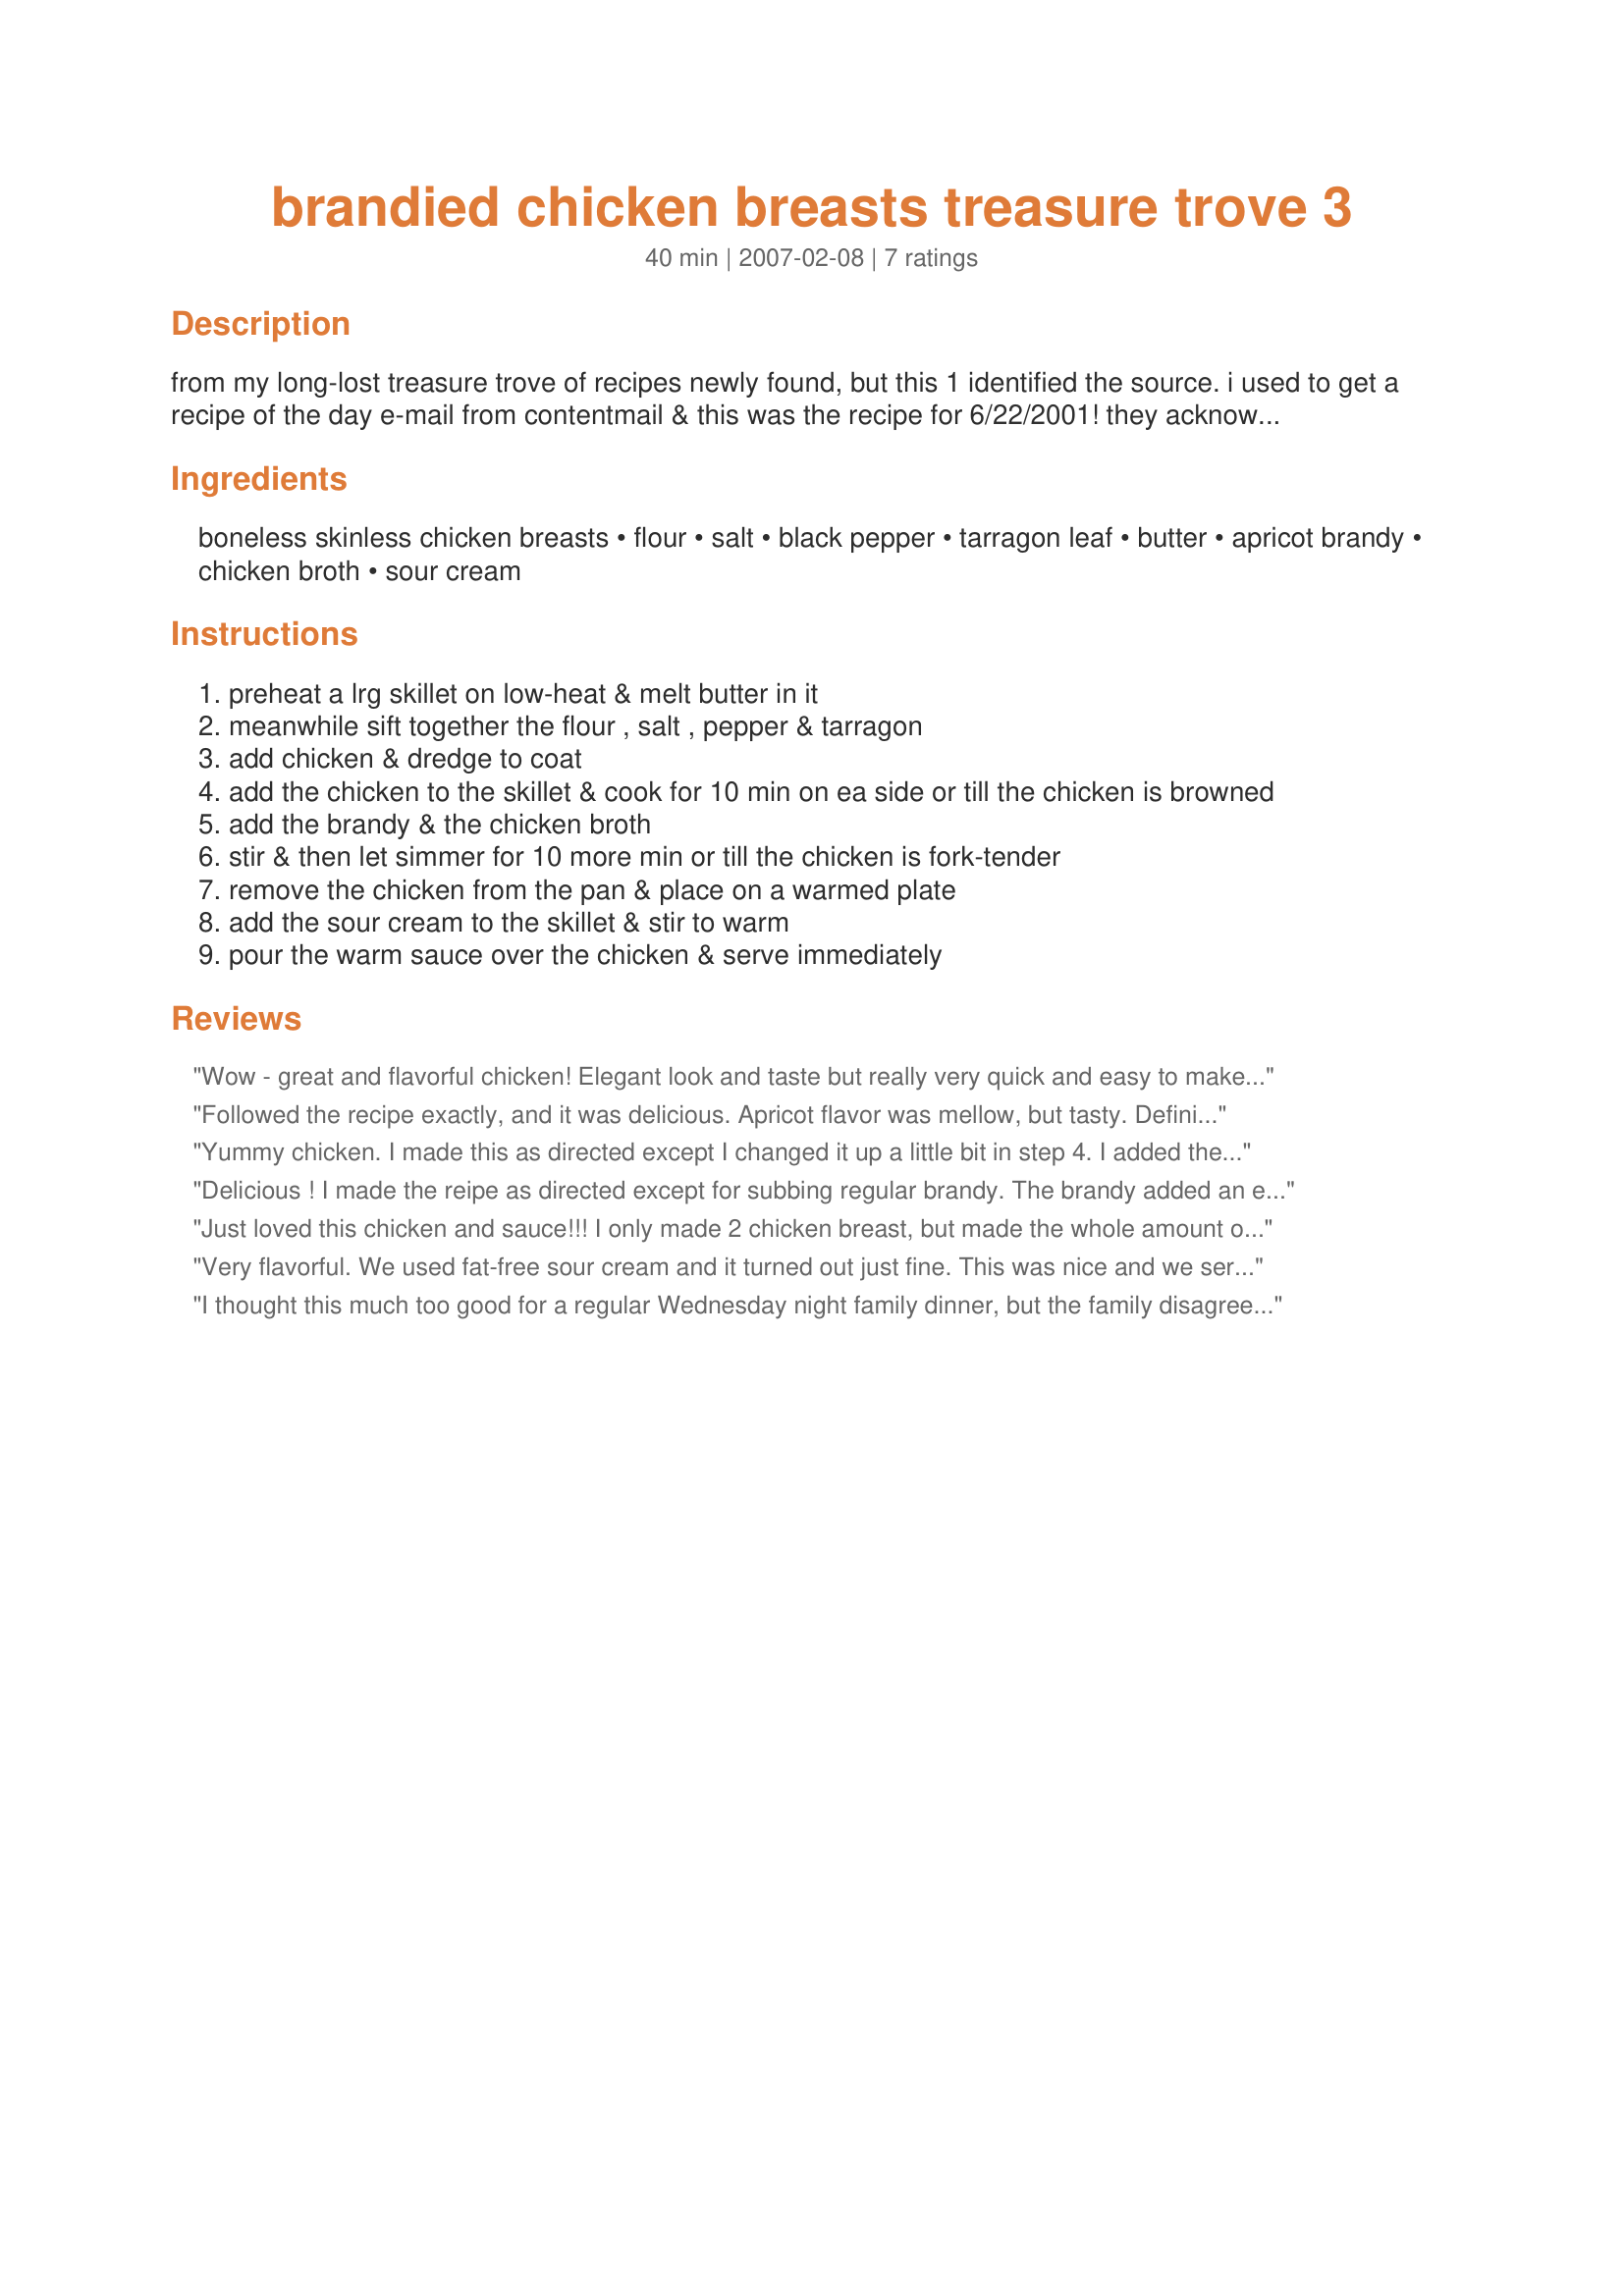
brandied chicken breasts treasure trove 3
Preparation time: 40 minutes

from my long-lost treasure trove of recipes newly found, but this 1 identified the source. i used to get a recipe of the day e-mail from contentmail & this was the recipe for 6/22/2001! they acknowledged jo ann s. who said "this is a favorite at my house when company is coming. not only is it elegant, but it's easy to prepare and fool-proof. since the alcohol burns off during cooking, it's also safe to feed to children." i happen to think jo ann is right. this sounds like it would be an easy-to-fix & elegant favorite at our table too. enjoy!

Ingredients:
boneless skinless chicken breasts, flour, salt, black pepper, tarragon leaf, butter, apricot brandy, chicken broth, sour cream

Steps:
preheat a lrg skillet on low-heat & melt butter in it
meanwhile sift together the flour , salt , pepper & tarragon
add chicken & dredge to coat
add the chicken to the skillet & cook for 10 min on ea side or till the chicken is browned
add the brandy & the chicken broth
stir & then let simmer for 10 more min or till the chicken is fork-tender
remove the chicken from the pan & place on a warmed plate
add the sour cream to the skillet & stir to warm
pour the warm sauce over the chicken & serve immediately

Reviews:
Wow - great and flavorful chicken! Elegant look and taste but really very quick and easy to make. The chicken was very tender in this cooking time, and we really loved the sauce. Served topped with fresh ground pepper and really enjoyed - thanks for sharing the recipe! Made for ZWT8, Chefs gone WILD!
Followed the recipe exactly, and it was delicious. Apricot flavor was mellow, but tasty. Definitely would make this for guests. Directions were right-on! Thanks.
Yummy chicken. I made this as directed except I changed it up a little bit in step 4. I added the brandy and flambed it . I like to pretend that I'm a gourmet now and then, And seeing all of the pretty flames helps me fulfill my fantasy. lol. Then I added the broth after the flames died out. It was a really nice dish and I totally enjoyed the sauce. Thanks twissis for sharing. Made for ZWT8 France.
Delicious ! I made the reipe as directed except for subbing regular brandy. The brandy added an excellent flavor. I will make this again.
Just loved this chicken and sauce!!! I only made 2 chicken breast, but made the whole amount of sauce, as I was serving this over pasta along with some green beans. The only other thing I changed besides the number of breasts was to use low-fat sour cream, which still tasted out of this world good. Thanks so much for sharing the recipe Twissis!! Made for ZWT8.
Very flavorful. We used fat-free sour cream and it turned out just fine. This was nice and we served it to guests. Next time I think we'll use more tarragon because I didn't taste it very much with the 1/4 teaspoon crushed. We served this with warm French bread and "Green Beans with Shallots & Tarragon" (recipe #48313), which was also fantastic and went very well with this recipe.
I thought this much too good for a regular Wednesday night family dinner, but the family disagrees! I bought 6 chicken shnitzels and just upped the ingredients to accomodate without really measuring. I didn't have any apricot brandy, so I used orange juice. I also left off the sour cream as we don't mix dairy with poultry. For the same reason the butter became margarine. I cooked up the whole thing in a ridged grill pan and the chicken was tender and just the way we like it. I served this with Recipe #206691 and an Israeli salad. The family loved it, and I believe this is "guest-worthy" as well!
